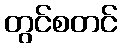
တွင်စတင်